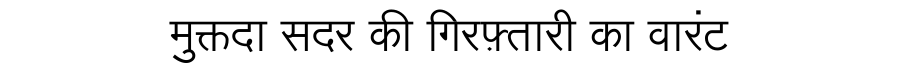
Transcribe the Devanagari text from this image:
मुक्तदा सदर की गिरफ़्तारी का वारंट